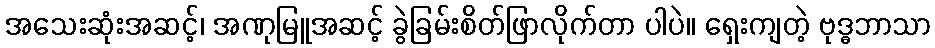
အသေးဆုံးအဆင့်၊ အဏုမြူအဆင့် ခွဲခြမ်းစိတ်ဖြာလိုက်တာ ပါပဲ။ ရှေးကျတဲ့ ဗုဒ္ဓဘာသာ